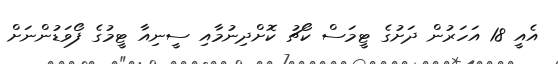
އެއީ 18 އަހަރުން ދަށުގެ ޓީމަސް ކޯޗު ކޮށްދިނުމާއި ސީނިއާ ޓީމުގެ ފޯވަޑުންނަށް